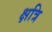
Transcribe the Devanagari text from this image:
क्षत्रि